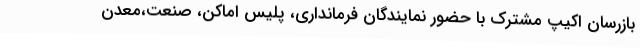
بازرسان اکیپ مشترک با حضور نمایندگان فرمانداری، پلیس اماکن، صنعت،معدن